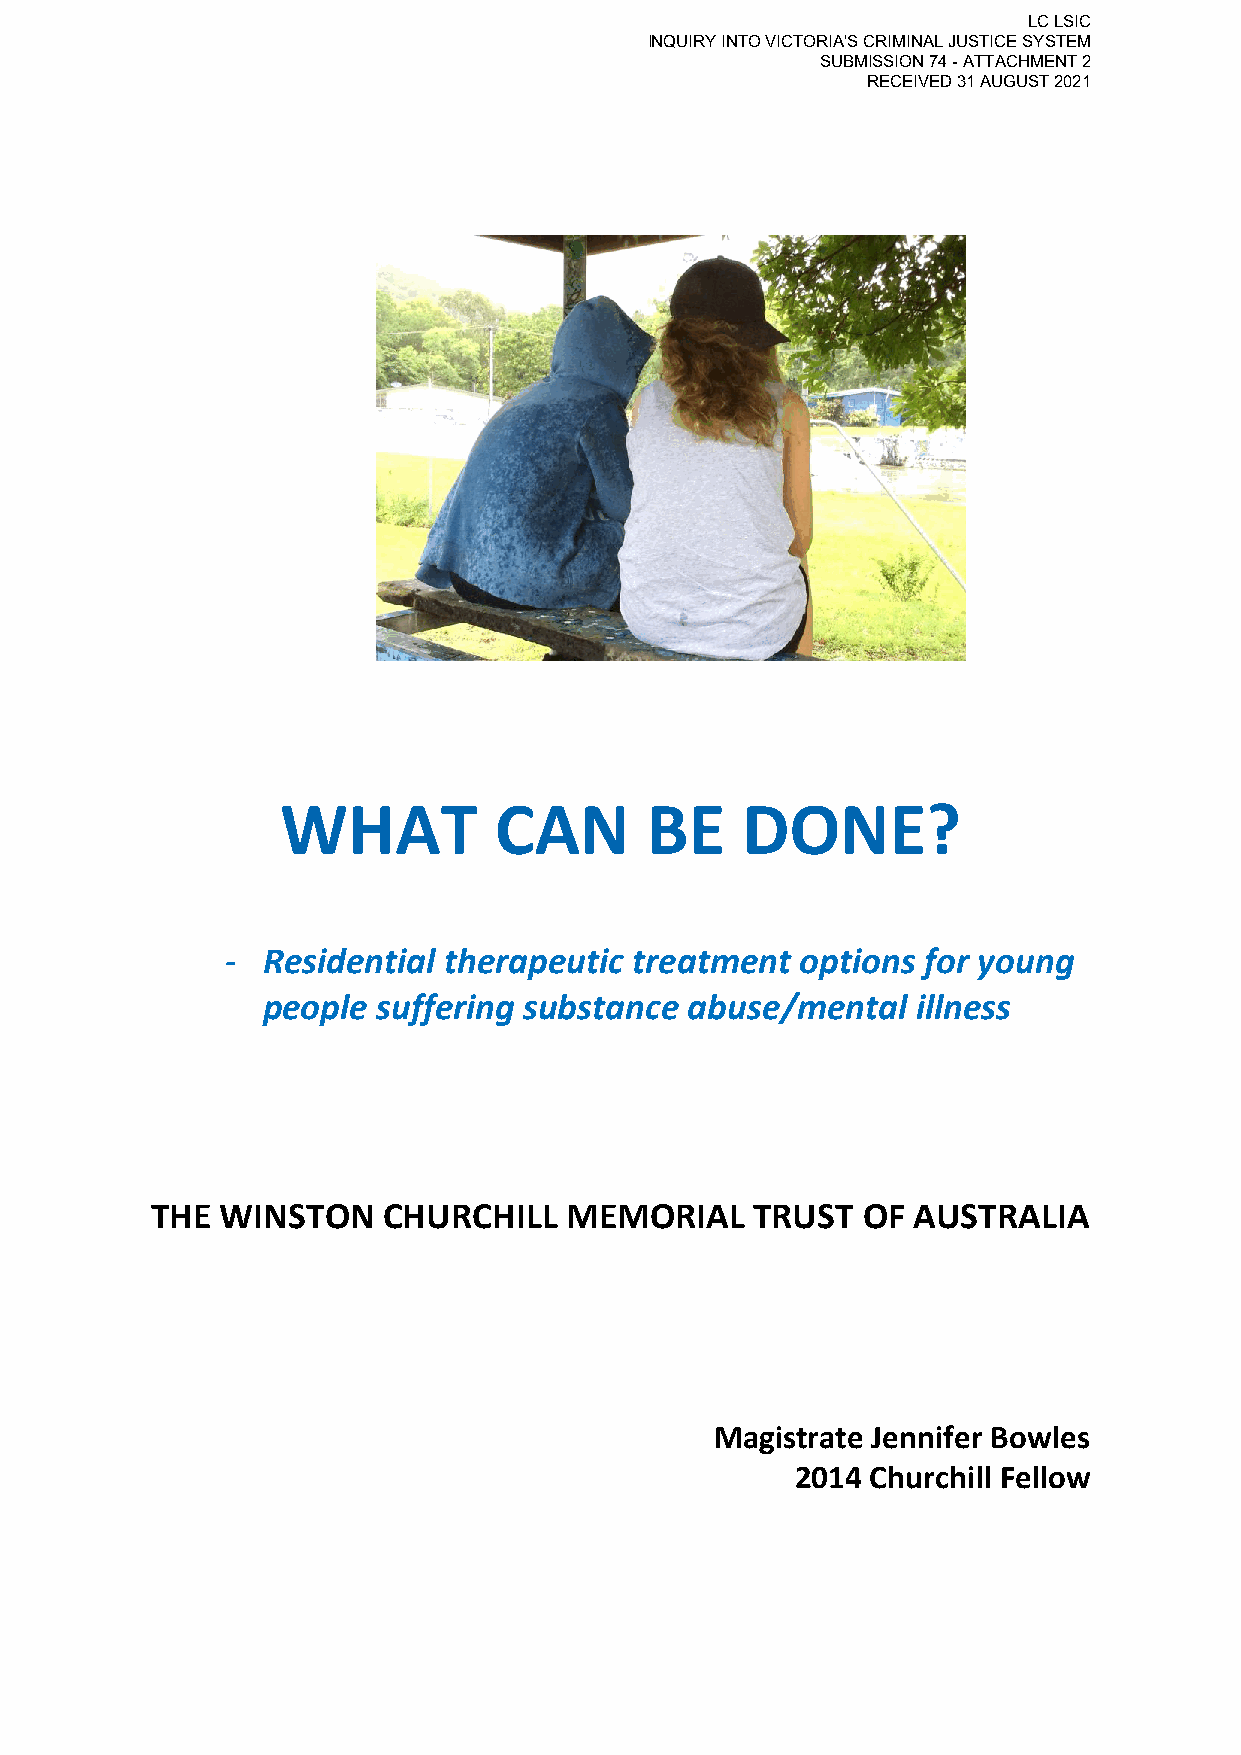
LC LSIC
 INQUIRY INTO VICTORIA'S CRIMINAL JUSTICE SYSTEM
 SUBMISSION 74 - ATTACHMENT 2
 RECEIVED 31 AUGUST 2021
 WHAT          CAN       BE    DONE?
 - Residential therapeutic  treatment  options for young
 people  suffering substance  abuse/mental   illness
 THE  WINSTON   CHURCHILL   MEMORIAL     TRUST  OF AUSTRALIA
 Magistrate Jennifer Bowles
 2014 Churchill Fellow